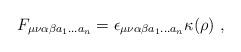
LaTeX: \begin{align*}F_{\mu\nu\alpha\beta a_1\dots a_n} = \epsilon_{\mu\nu\alpha\beta a_1\dots a_n} \kappa(\rho)~,\end{align*}